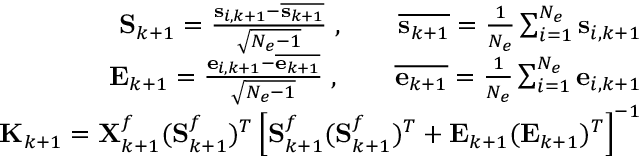
\begin{array} { r } { \mathbf { S } _ { k + 1 } = \frac { \mathbf { s } _ { i , k + 1 } - \overline { { \mathbf { s } _ { k + 1 } } } } { \sqrt { N _ { e } - 1 } } \; , \qquad \overline { { \mathbf { s } _ { k + 1 } } } = \frac { 1 } { N _ { e } } \sum _ { i = 1 } ^ { N _ { e } } \mathbf { s } _ { i , k + 1 } } \\ { \mathbf { E } _ { k + 1 } = \frac { \mathbf { e } _ { i , k + 1 } - \overline { { \mathbf { e } _ { k + 1 } } } } { \sqrt { N _ { e } - 1 } } \; , \qquad \overline { { \mathbf { e } _ { k + 1 } } } = \frac { 1 } { N _ { e } } \sum _ { i = 1 } ^ { N _ { e } } \mathbf { e } _ { i , k + 1 } } \\ { \mathbf { K } _ { k + 1 } = \mathbf { X } _ { k + 1 } ^ { f } ( \mathbf { S } _ { k + 1 } ^ { f } ) ^ { T } \left[ \mathbf { S } _ { k + 1 } ^ { f } ( \mathbf { S } _ { k + 1 } ^ { f } ) ^ { T } + \mathbf { E } _ { k + 1 } ( \mathbf { E } _ { k + 1 } ) ^ { T } \right] ^ { - 1 } } \end{array}